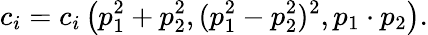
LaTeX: c_{i}=c_{i}\left(p_{1}^{2}+p_{2}^{2},(p_{1}^{2}-p_{2}^{2})^{2},p_{1}\cdot p_{2}\right).